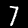
Digit: 7